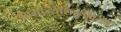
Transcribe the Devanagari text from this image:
साम्राज्याशाहीविरोधी